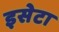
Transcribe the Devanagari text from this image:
इसेटा